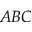
A B C